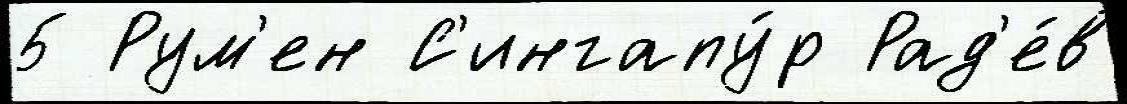
5 Рум'ен С'ингапу́р Рад'е́в